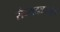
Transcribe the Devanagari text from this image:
सैन्यदळामुळे